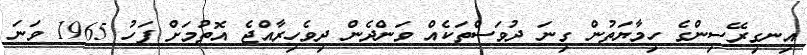
އިނގިރޭސިންގެ ހިމާޔަތުން ގިނަ ދުވަސްތަކެއް ވަންދެން ދިވެހިރާއްޖެ އޮތުމަށް ފަހު 1965 ވަނަ